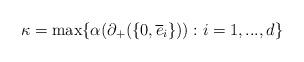
LaTeX: \begin{align*}\kappa = \max\{\alpha(\partial_+(\{0,\overline{e}_i\})):i=1,...,d\}\end{align*}